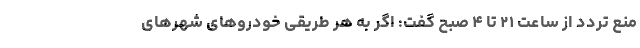
منع تردد از ساعت ۲۱ تا ۴ صبح گفت: اگر به هر طریقی خودروهای شهرهای